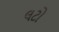
લટો